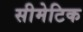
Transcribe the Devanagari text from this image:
सीमेटिक